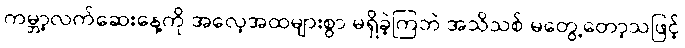
ကမ္ဘာ့လက်ဆေးနေ့ကို အလေ့အထများစွာ မရှိခဲ့ကြဘဲ အသိသစ် မတွေ့တော့သဖြင့်